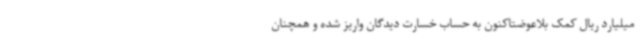
میلیارد ریال کمک بلاعوضتاکنون به حساب خسارت دیدگان واریز شده و همچنان